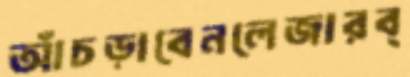
আঁচড়াবেনলেজারব্